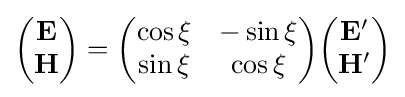
{\begin{pmatrix}\mathbf {E} \\\mathbf {H} \end{pmatrix}}={\begin{pmatrix}\cos \xi &-\sin \xi \\\sin \xi &\cos \xi \\\end{pmatrix}}{\begin{pmatrix}\mathbf {E'} \\\mathbf {H'} \end{pmatrix}}